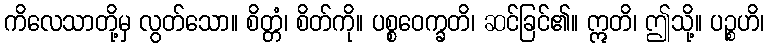
ကိလေသာတို့မှ လွတ်သော။ စိတ္တံ၊ စိတ်ကို။ ပစ္စဝေက္ခတိ၊ ဆင်ခြင်၏။ ဣတိ၊ ဤသို့။ ပဉ္စဟိ၊